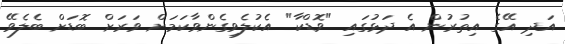
އަދި އޭގެ އިތުރުން އެ ދަޅުގައި "ވޮޑްކާ" އެކުލެވިގެންވާކަމަށް ވަރަށް ބޮޑަށް ބެލެވޭ